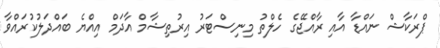
ޕްރަކާޝް ނައްޑާ އާއި ރާއްޖޭގެ ހެލްތު މިނިސްޓަރު އިރުތިޝާމް އާދަމް އިއްޔެ ބައްދަލުކުރައްވާ